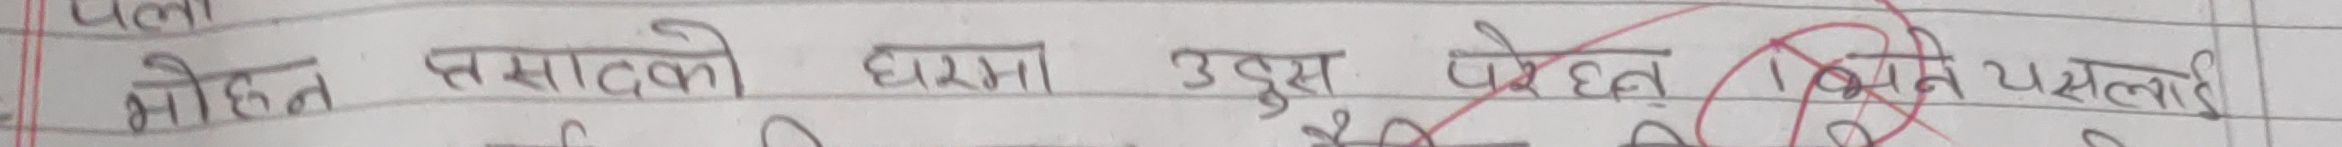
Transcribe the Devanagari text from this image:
मोहित शमाको घरमा उदुस पर्छ किन पसलाई